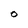
Character: O